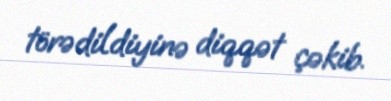
törədildiyinə diqqət çəkib.